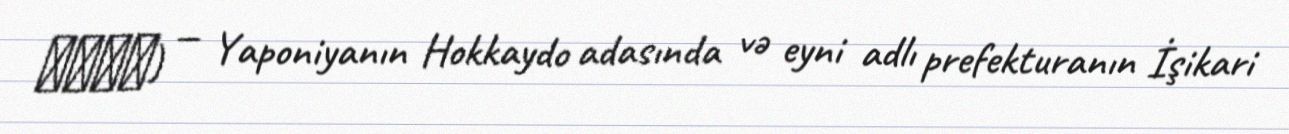
北広島市) — Yaponiyanın Hokkaydo adasında və eyni adlı prefekturanın İşikari